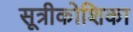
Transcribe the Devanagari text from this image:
सूत्रीकोशिका